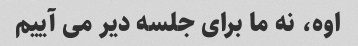
اوه، نه ما برای جلسه دیر می آییم